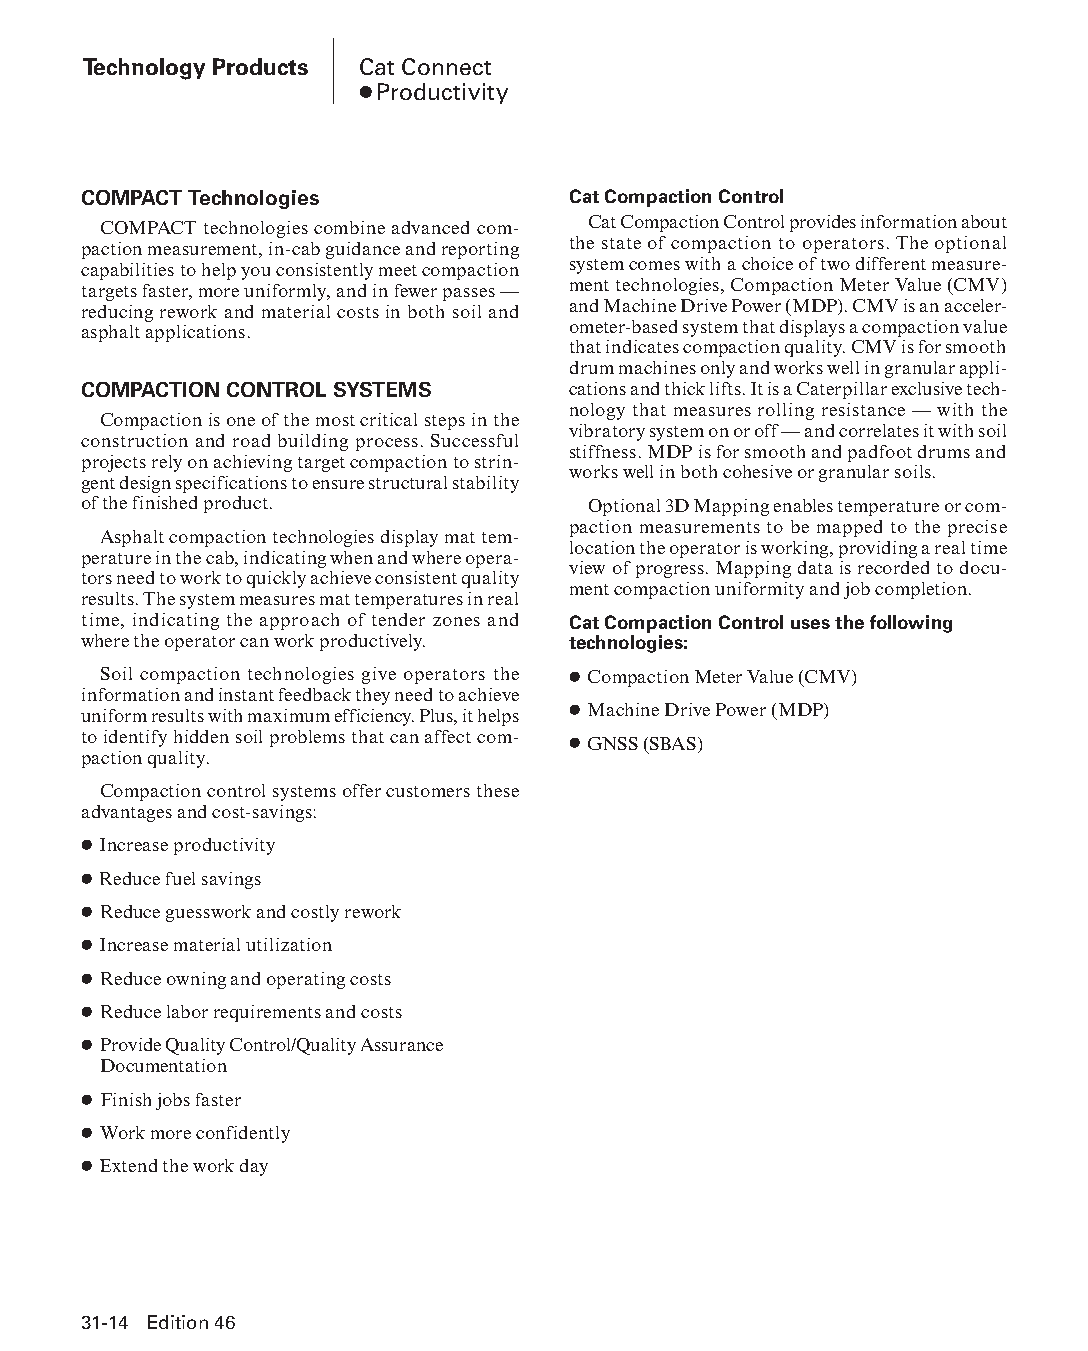
Technology Products Cat Connect
 ● Productivity
 COMPACT Technologies            Cat Compaction Control
 COMPACT technologies combine advanced com- Cat Compaction Control provides information about
 paction measurement, in-cab guidance and reporting the state of compaction to operators. The optional
 capabilities to help you consistently meet compaction system comes with a choice of two different measure-
 targets faster, more uniformly, and in fewer passes — ment technologies, Compaction Meter Value (CMV)
 reducing rework and material costs in both soil and and Machine Drive Power (MDP). CMV is an acceler-
 asphalt applications.           ometer-based system that displays a compaction value
 that indicates compaction quality. CMV is for smooth
 drum machines only and works well in granular appli-
 COMPACTION CONTROL SYSTEMS      cations and thick lifts. It is a Caterpillar exclusive tech-
 nology that measures rolling resistance — with the
 Compaction is one of the most critical steps in the
 vibratory system on or off — and correlates it with soil
 construction and road building process. Successful
 stiffness. MDP is for smooth and padfoot drums and
 projects rely on achieving target compaction to strin-
 works well in both cohesive or granular soils.
 gent design specifications to ensure structural stability
 of the finished product.         Optional 3D Mapping enables temperature or com-
 paction measurements to be mapped to the precise
 Asphalt compaction technologies display mat tem-
 location the operator is working, providing a real time
 perature in the cab, indicating when and where opera-
 view of progress. Mapping data is recorded to docu-
 tors need to work to quickly achieve consistent quality
 ment compaction uniformity and job completion.
 results. The system measures mat temperatures in real
 time, indicating the approach of tender zones and Cat Compaction Control uses the following
 where the operator can work productively. technologies:
 Soil compaction technologies give operators the ● Compaction Meter Value (CMV)
 information and instant feedback they need to achieve
 uniform results with maximum efficiency. Plus, it helps ● Machine Drive Power (MDP)
 to identify hidden soil problems that can affect com- ● GNSS (SBAS)
 paction quality.
 Compaction control systems offer customers these
 advantages and cost-savings:
 ● Increase productivity
 ● Reduce fuel savings
 ● Reduce guesswork and costly rework
 ● Increase material utilization
 ● Reduce owning and operating costs
 ● Reduce labor requirements and costs
 ● Provide Quality Control/Quality Assurance
 Documen tation
 ● Finish jobs faster
 ● Work more confidently
 ● Extend the work day
 31-14 Edition 46
 PPHHBB--SSeecc3311--1166..iinndddd 1144                        1122//44//1155 1111::2233 AAMM